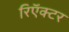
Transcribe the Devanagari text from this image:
रिऍक्टर